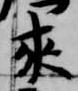
来